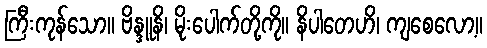
ကြီးကုန်သော။ ဗိန္ဒူနိ၊ မိုးပေါက်တို့ကို။ နိပါတေဟိ၊ ကျစေလော့။